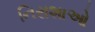
નિરાશાઓ